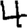
Digit: 4